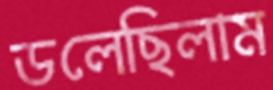
ডলেছিলাম